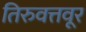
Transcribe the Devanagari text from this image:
तिरुवत्तवूर